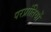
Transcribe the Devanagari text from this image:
परप्रांतियों